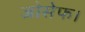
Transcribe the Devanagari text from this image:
जोसेफ।